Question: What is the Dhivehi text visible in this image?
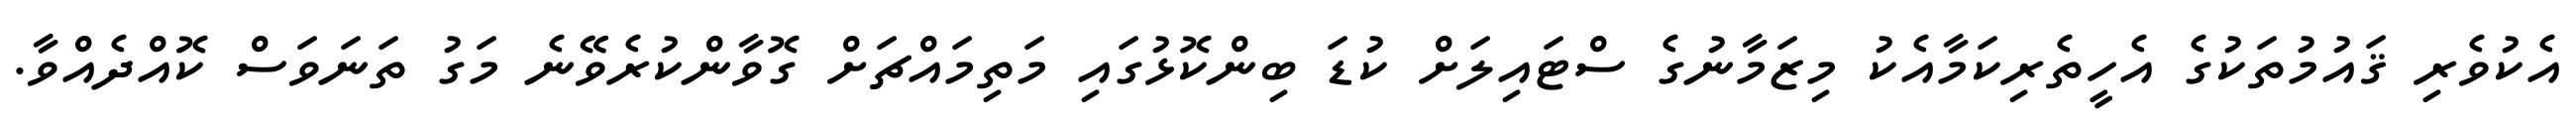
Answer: އެކުވެރި ޤައުމުތަކުގެ އެހީތެރިކަމާއެކު މިޒަމާނުގެ ސްޓައިލަށް ކުޑަ ބިންކޮޅުގައި މަތިމައްޗަށް ގޮވާންކުރެވޭނެ މަގު ތަނަވަސް ކޮއްދެއްވާ.